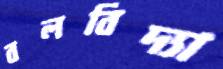
বলবিদ্যা